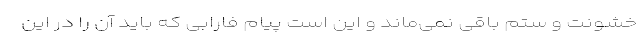
خشونت و ستم باقی نمی‌ماند و این است پیام فارابی که باید آن را در این